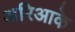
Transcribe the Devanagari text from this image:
अरिआके